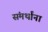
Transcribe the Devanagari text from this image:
संमर्थांना